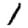
Digit: 1